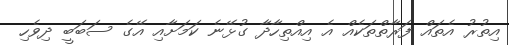
އިތުރު އެތައް ފަރާތްތަކެއް އެ އިއްތިހާދާ ގުޅޭނެ ކަމަށާއި އޭގެ ސަބަބީ ދިވެހި